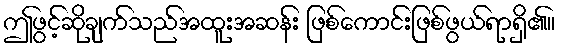
ဤဖွင့်ဆိုချက်သည်အထူးအဆန်း ဖြစ်ကောင်းဖြစ်ဖွယ်ရာရှိ၏။